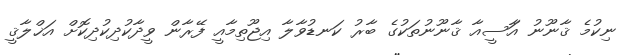
ނިކުމެ ޤާނޫނު އަާސީއާ ޤާނޫނުތަކުގެ ބާރު ކަނޑުވާލާ އިޖޫތިމާއީ ފޭރާން ވީދާކުދިކުދިކޮށް އަޚްލާޤީ